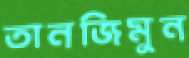
তানজিমুন